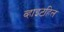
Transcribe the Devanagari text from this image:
व्हाइटहिल